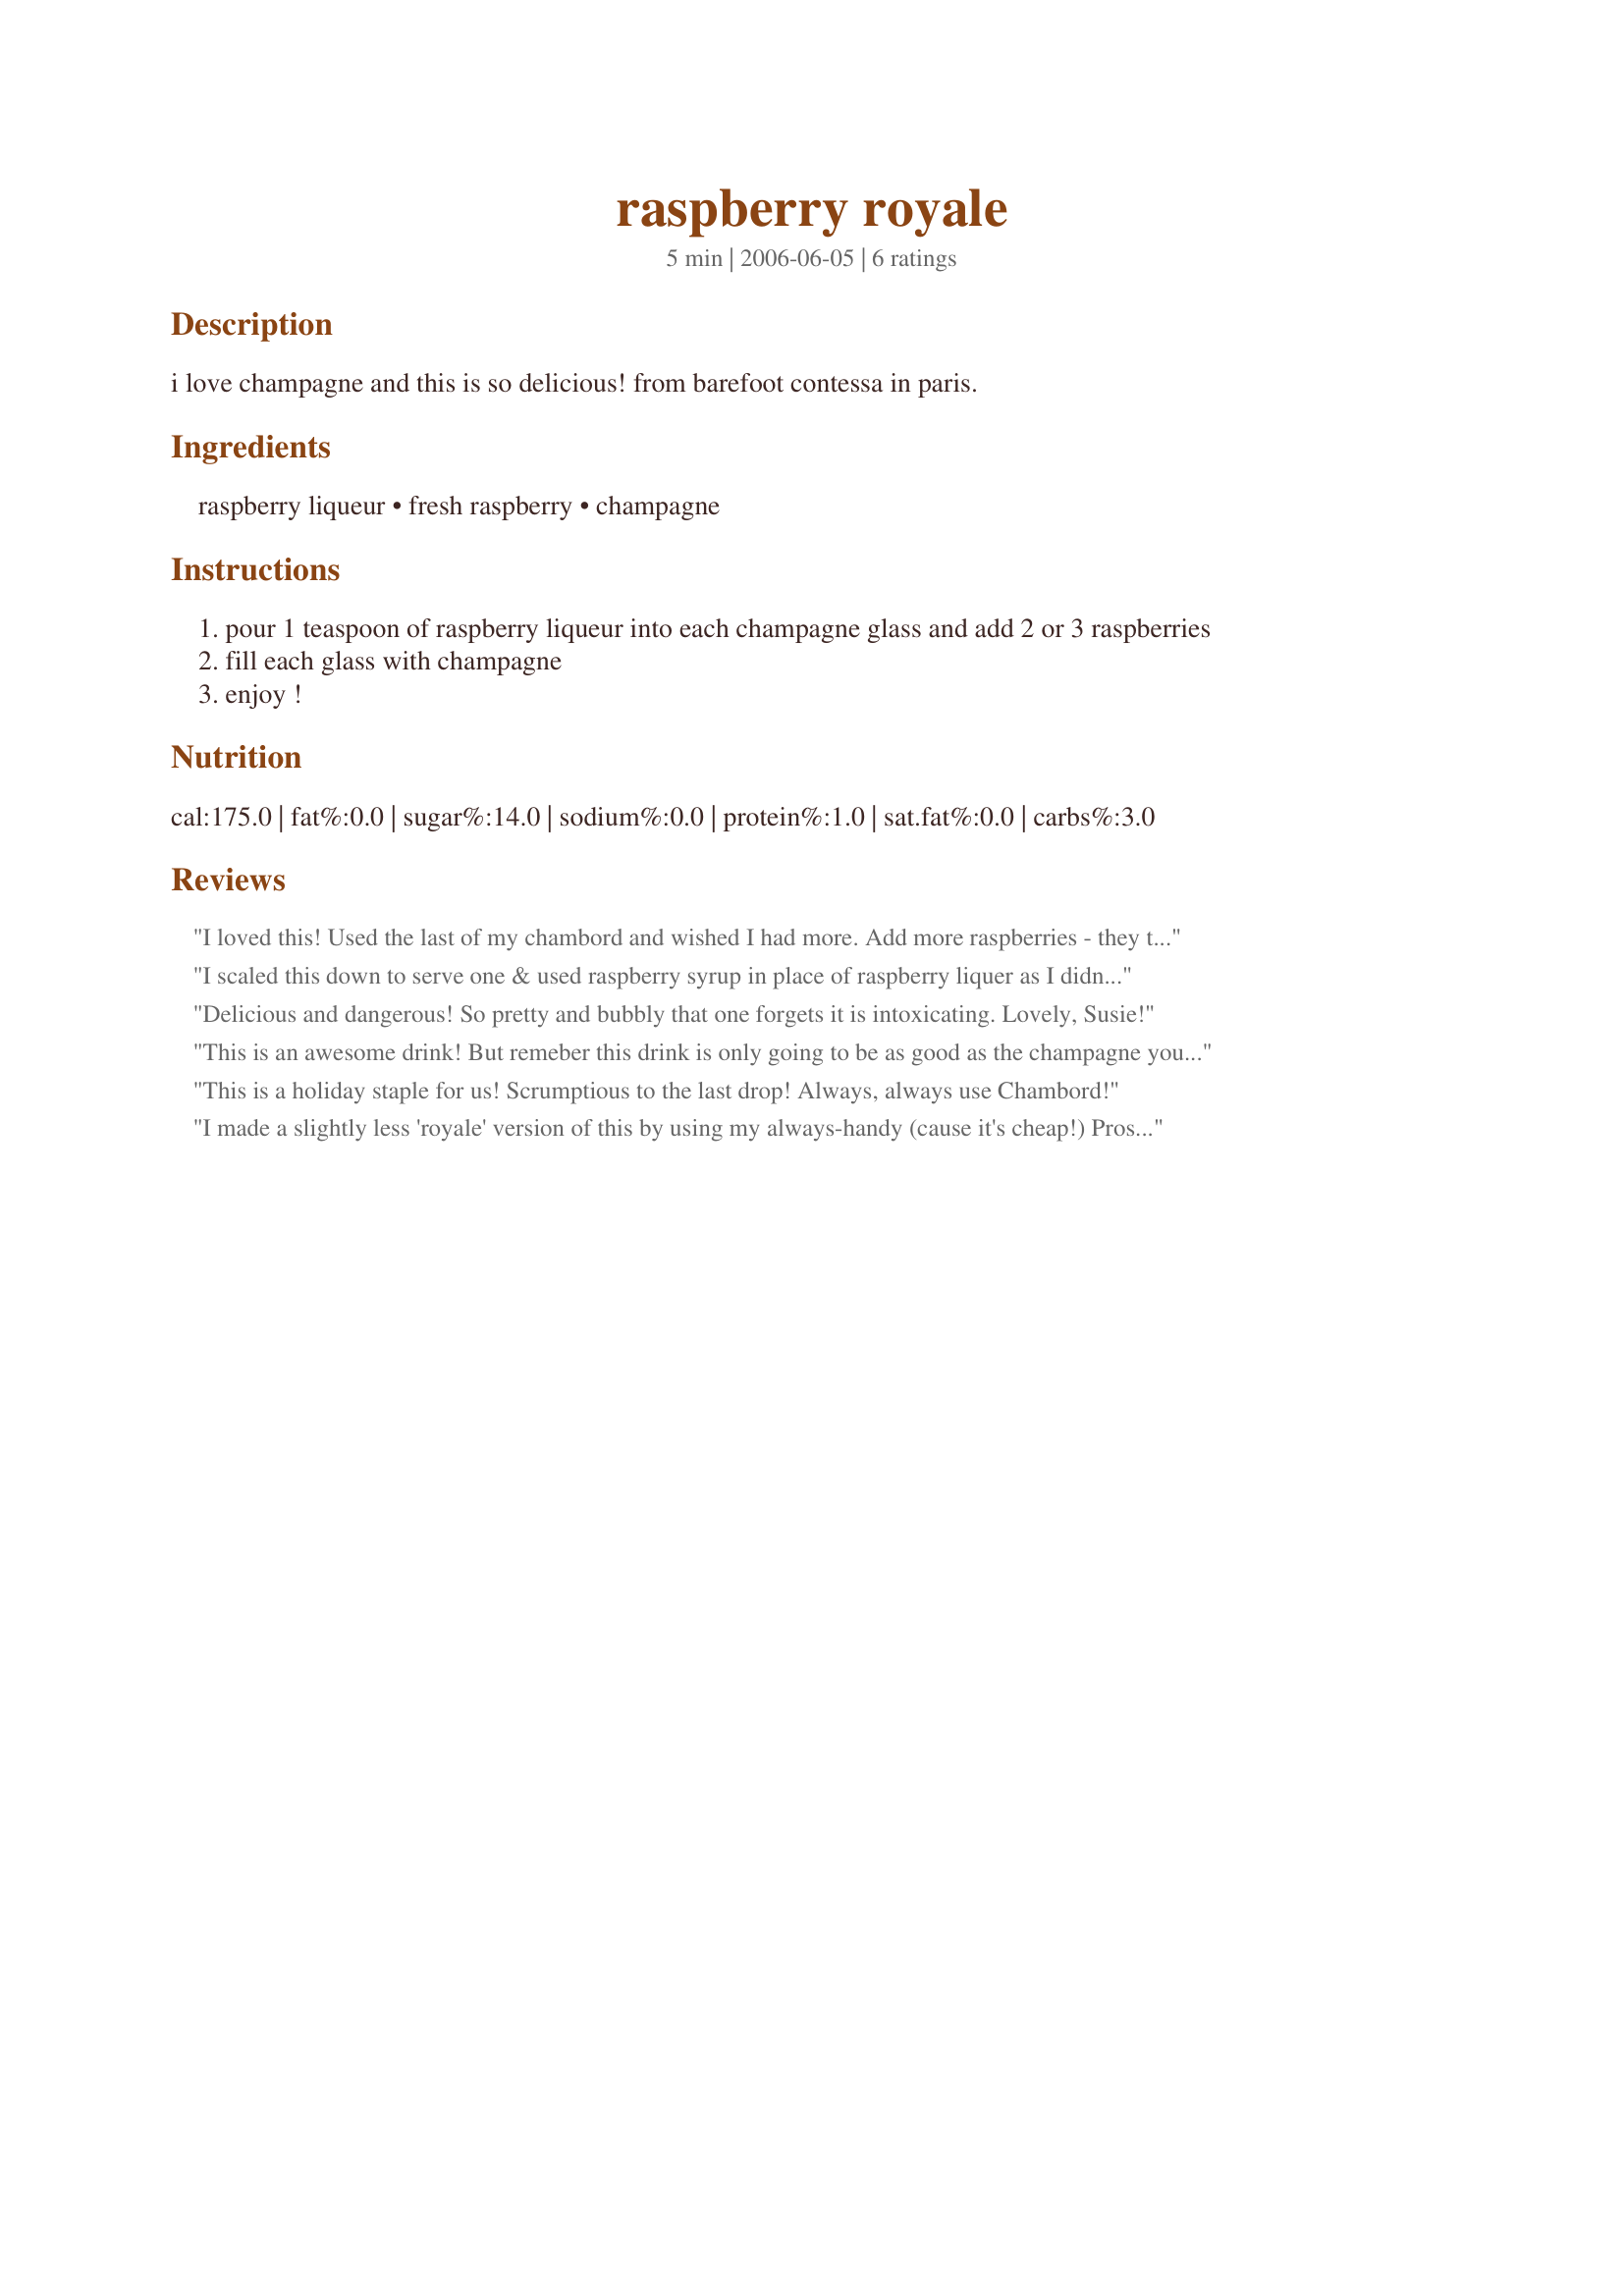
raspberry royale
Preparation time: 5 minutes

i love champagne and this is so delicious! from barefoot contessa in paris.

Ingredients:
raspberry liqueur, fresh raspberry, champagne

Steps:
pour 1 teaspoon of raspberry liqueur into each champagne glass and add 2 or 3 raspberries
fill each glass with champagne
enjoy !

Reviews:
I loved this! Used the last of my chambord and wished I had more. Add more raspberries - they taste so good after sitting in the champagne for a while! Made for the Babes of ZWT4.
I scaled this down to serve one & used raspberry syrup in place of raspberry liquer as I didn't have any. This gave a nice fruity sweetness to the champagne, next time I'll make sure I have the liqueur to give this a go.
Made for ZWT III.
Delicious and dangerous! So pretty and bubbly that one forgets it is intoxicating. Lovely, Susie!
This is an awesome drink! But remeber this drink is only going to be as good as the champagne you use! I will def. make this again with diffrent combos of fruit liqeurs and fruit!
This is a holiday staple for us! Scrumptious to the last drop! Always, always use Chambord!
I made a slightly less 'royale' version of this by using my always-handy (cause it's cheap!) Prosecco, but I did use Chambord! Very special way to drink wine.
